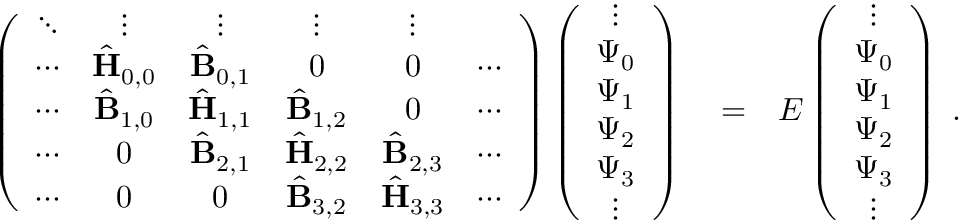
\begin{array} { r l r } { \left( \begin{array} { c c c c c c } { \ddots } & { \vdots } & { \vdots } & { \vdots } & { \vdots } & { } \\ { \cdots } & { \hat { { \mathbf { H } } } _ { 0 , 0 } } & { \hat { { \mathbf { B } } } _ { 0 , 1 } } & { 0 } & { 0 } & { \cdots } \\ { \cdots } & { \hat { { \mathbf { B } } } _ { 1 , 0 } } & { \hat { { \mathbf { H } } } _ { 1 , 1 } } & { \hat { { \mathbf { B } } } _ { 1 , 2 } } & { 0 } & { \cdots } \\ { \cdots } & { 0 } & { \hat { { \mathbf { B } } } _ { 2 , 1 } } & { \hat { { \mathbf { H } } } _ { 2 , 2 } } & { \hat { { \mathbf { B } } } _ { 2 , 3 } } & { \cdots } \\ { \cdots } & { 0 } & { 0 } & { \hat { { \mathbf { B } } } _ { 3 , 2 } } & { \hat { { \mathbf { H } } } _ { 3 , 3 } } & { \cdots } \end{array} \right) \left( \begin{array} { c } { \vdots } \\ { \Psi _ { 0 } } \\ { \Psi _ { 1 } } \\ { \Psi _ { 2 } } \\ { \Psi _ { 3 } } \\ { \vdots } \end{array} \right) } & { { } = } & { E \left( \begin{array} { c } { \vdots } \\ { \Psi _ { 0 } } \\ { \Psi _ { 1 } } \\ { \Psi _ { 2 } } \\ { \Psi _ { 3 } } \\ { \vdots } \end{array} \right) \; . } \end{array}